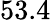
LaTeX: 53.4